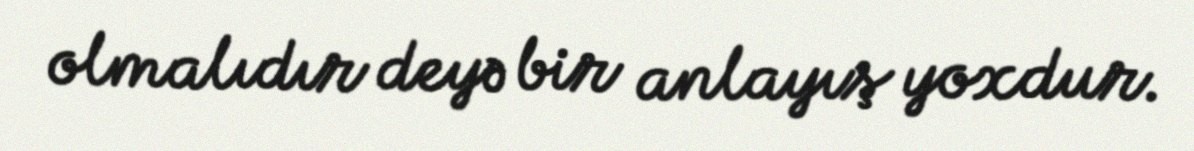
olmalıdır deyə bir anlayış yoxdur.